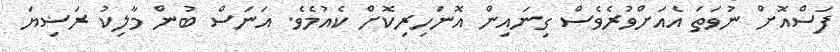
ފަސްއޮށް ނުވަތަ އެއަށްވުރެވެސް ގިނައިން އޮނަހިރިކޮށް ކެއުމެވެ. އަނަސް ބުން މާލިކު ރަޟިޔަ